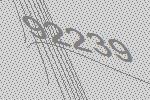
92239